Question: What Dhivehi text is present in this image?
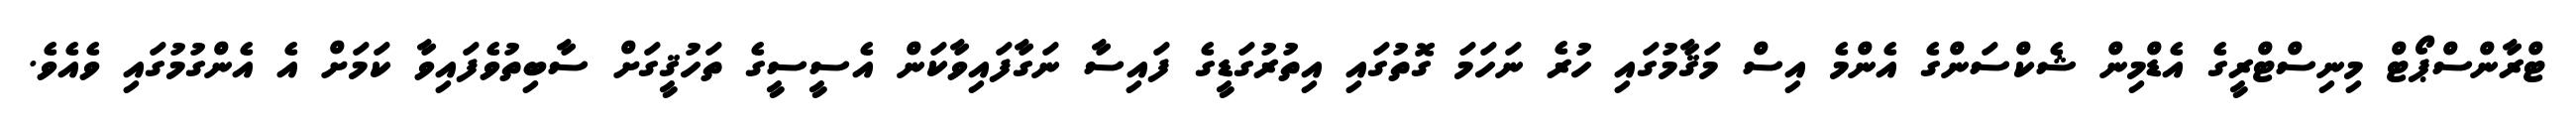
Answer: ޓްރާންސްޕޯޓް މިނިސްޓްރީގެ އެޑްމިން ޝެކްސަންގެ އެންމެ އިސް މަޤާމުގައި ހުރެ ނަހަމަ ގޮތުގައި އިތުރުގަޑީގެ ފައިސާ ނަގާފައިވާކަން އެސީސީގެ ތަހުޤީގަށް ސާބިތުވެފައިވާ ކަމަށް އެ އެންގުމުގައި ވެއެވެ.